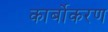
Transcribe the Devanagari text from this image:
कार्बोकरण